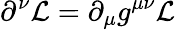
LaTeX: \partial^{\nu}{\mathcal{L}}=\partial_{\mu}g^{\mu\nu}{\mathcal{L}}